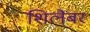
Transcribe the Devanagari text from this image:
शिलैबर